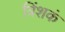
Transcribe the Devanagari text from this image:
त्रिंशकं